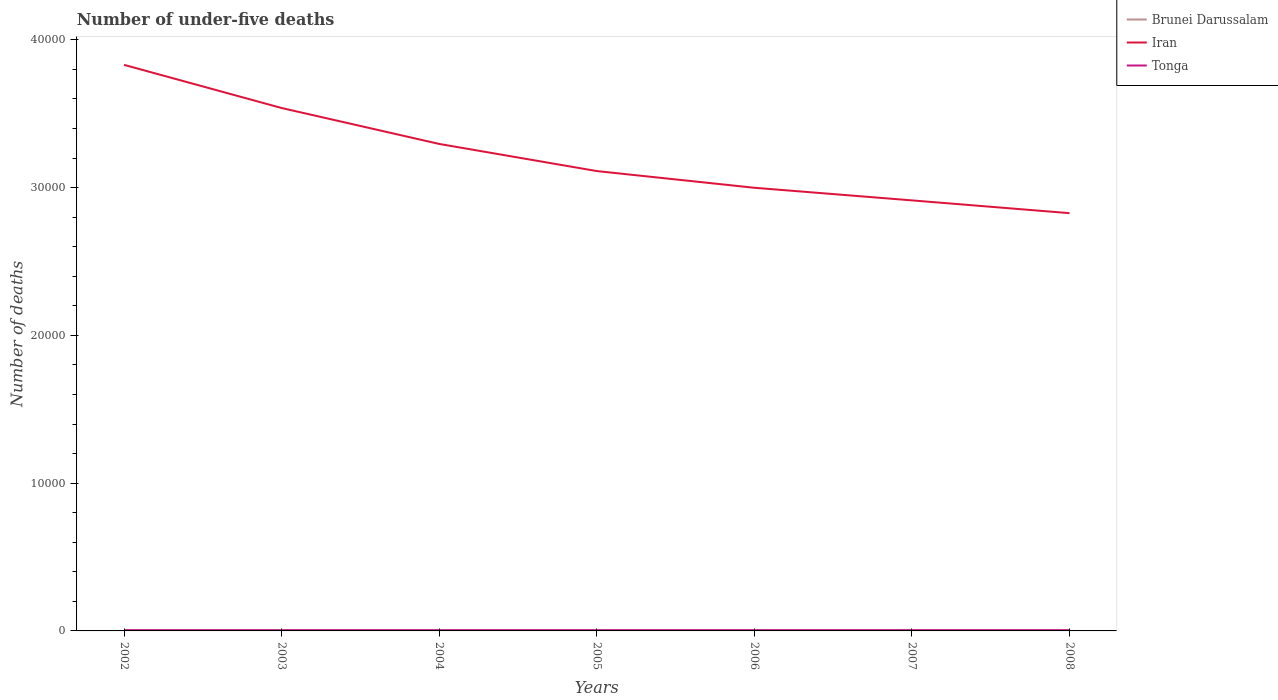
| Years | Brunei Darussalam | Iran | Tonga |
 | --- | --- | --- | --- |
 | 2002 | 60 | 3.83e+04 | 45 |
 | 2003 | 59 | 3.54e+04 | 46 |
 | 2004 | 58 | 3.3e+04 | 47 |
 | 2005 | 57 | 3.11e+04 | 48 |
 | 2006 | 56 | 3e+04 | 49 |
 | 2007 | 54 | 2.91e+04 | 49 |
 | 2008 | 53 | 2.83e+04 | 49 |